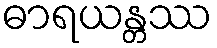
ဓာရယန္တဿ